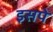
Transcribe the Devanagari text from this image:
इसपे